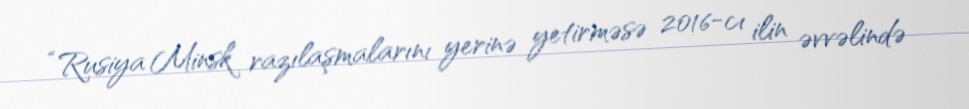
“Rusiya Minsk razılaşmalarını yerinə yetirməsə 2016-cı ilin əvvəlində